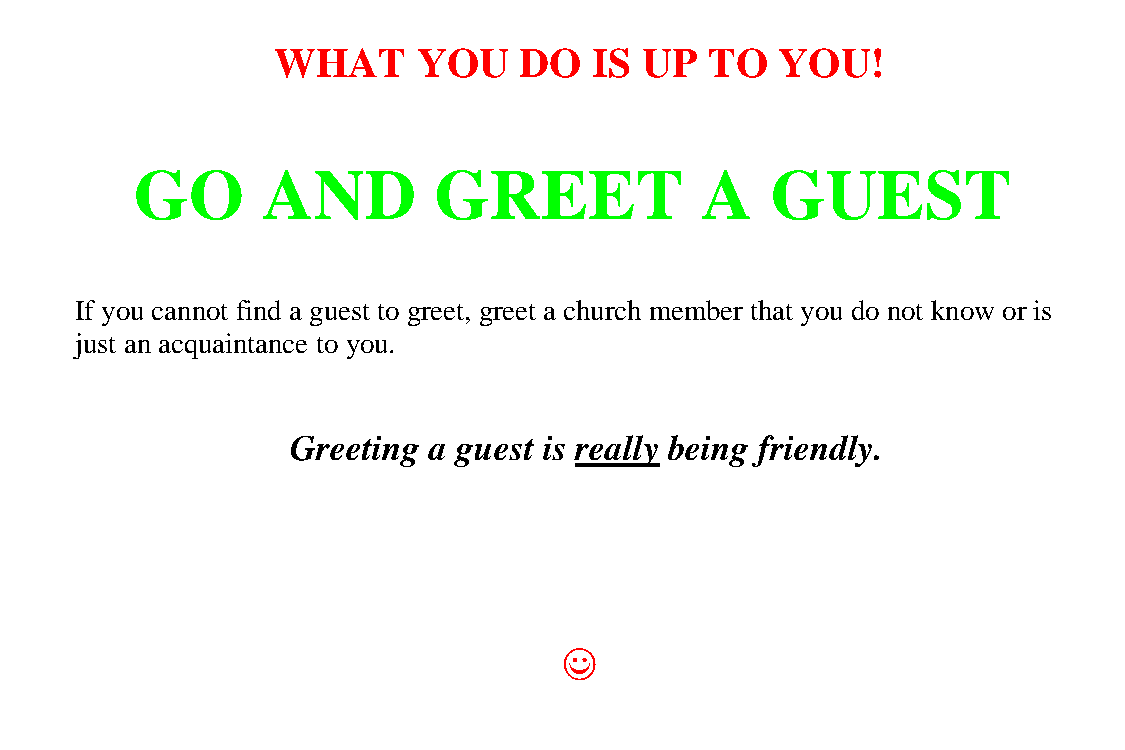
WHAT      YOU   DO   IS  UP  TO   YOU!
 GO      AND         GREET            A    GUEST
 If you cannot find a guest to greet, greet a church member that you do not know or is
 just an acquaintance to you.
 Greeting a guest is really being friendly.
 ((